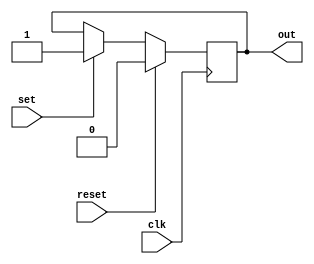
module L4_onebitsr(clk, set, reset, out);

	input clk, set, reset;
	output out;
	reg out;
	always@(posedge clk)
		if(reset) out <= 0;
		else if(set) out <= 1;

endmodule